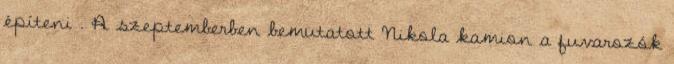
építeni . A szeptemberben bemutatott Nikola kamion a fuvarozók